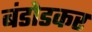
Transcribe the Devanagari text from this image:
बंडोडकर